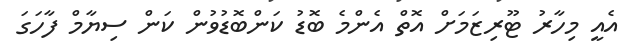
އެއީ މިހާރު ޓޫރިޒަމަށް އޮތް އެންމެ ބޮޑު ކަންބޮޑުވުން ކަން ސިޔާމް ފާހަގަ